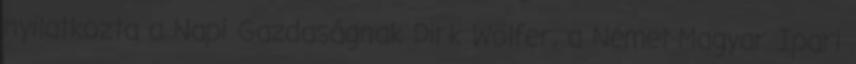
nyilatkozta a Napi Gazdaságnak Dirk Wölfer, a Német-Magyar Ipari